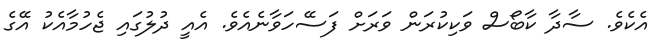
އެކެވެ. ސާދާ ކާބޯސް ވަކިކުރަން ވަރަށް ފަސޭހަވާނެއެވެ. އެއީ ދުލުގައި ޖެހުމާއެކު އޭގެ